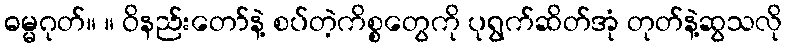
ဓမ္မဂုတ်။ ။ ဝိနည်းတော်နဲ့ စပ်တဲ့ကိစ္စတွေကို ပုရွက်ဆိတ်အုံ တုတ်နဲ့ဆွသလို